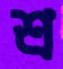
শ্র